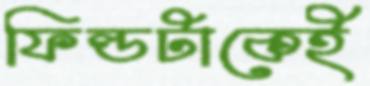
ফিল্ডটাকেই